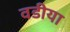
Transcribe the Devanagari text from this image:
वडीया